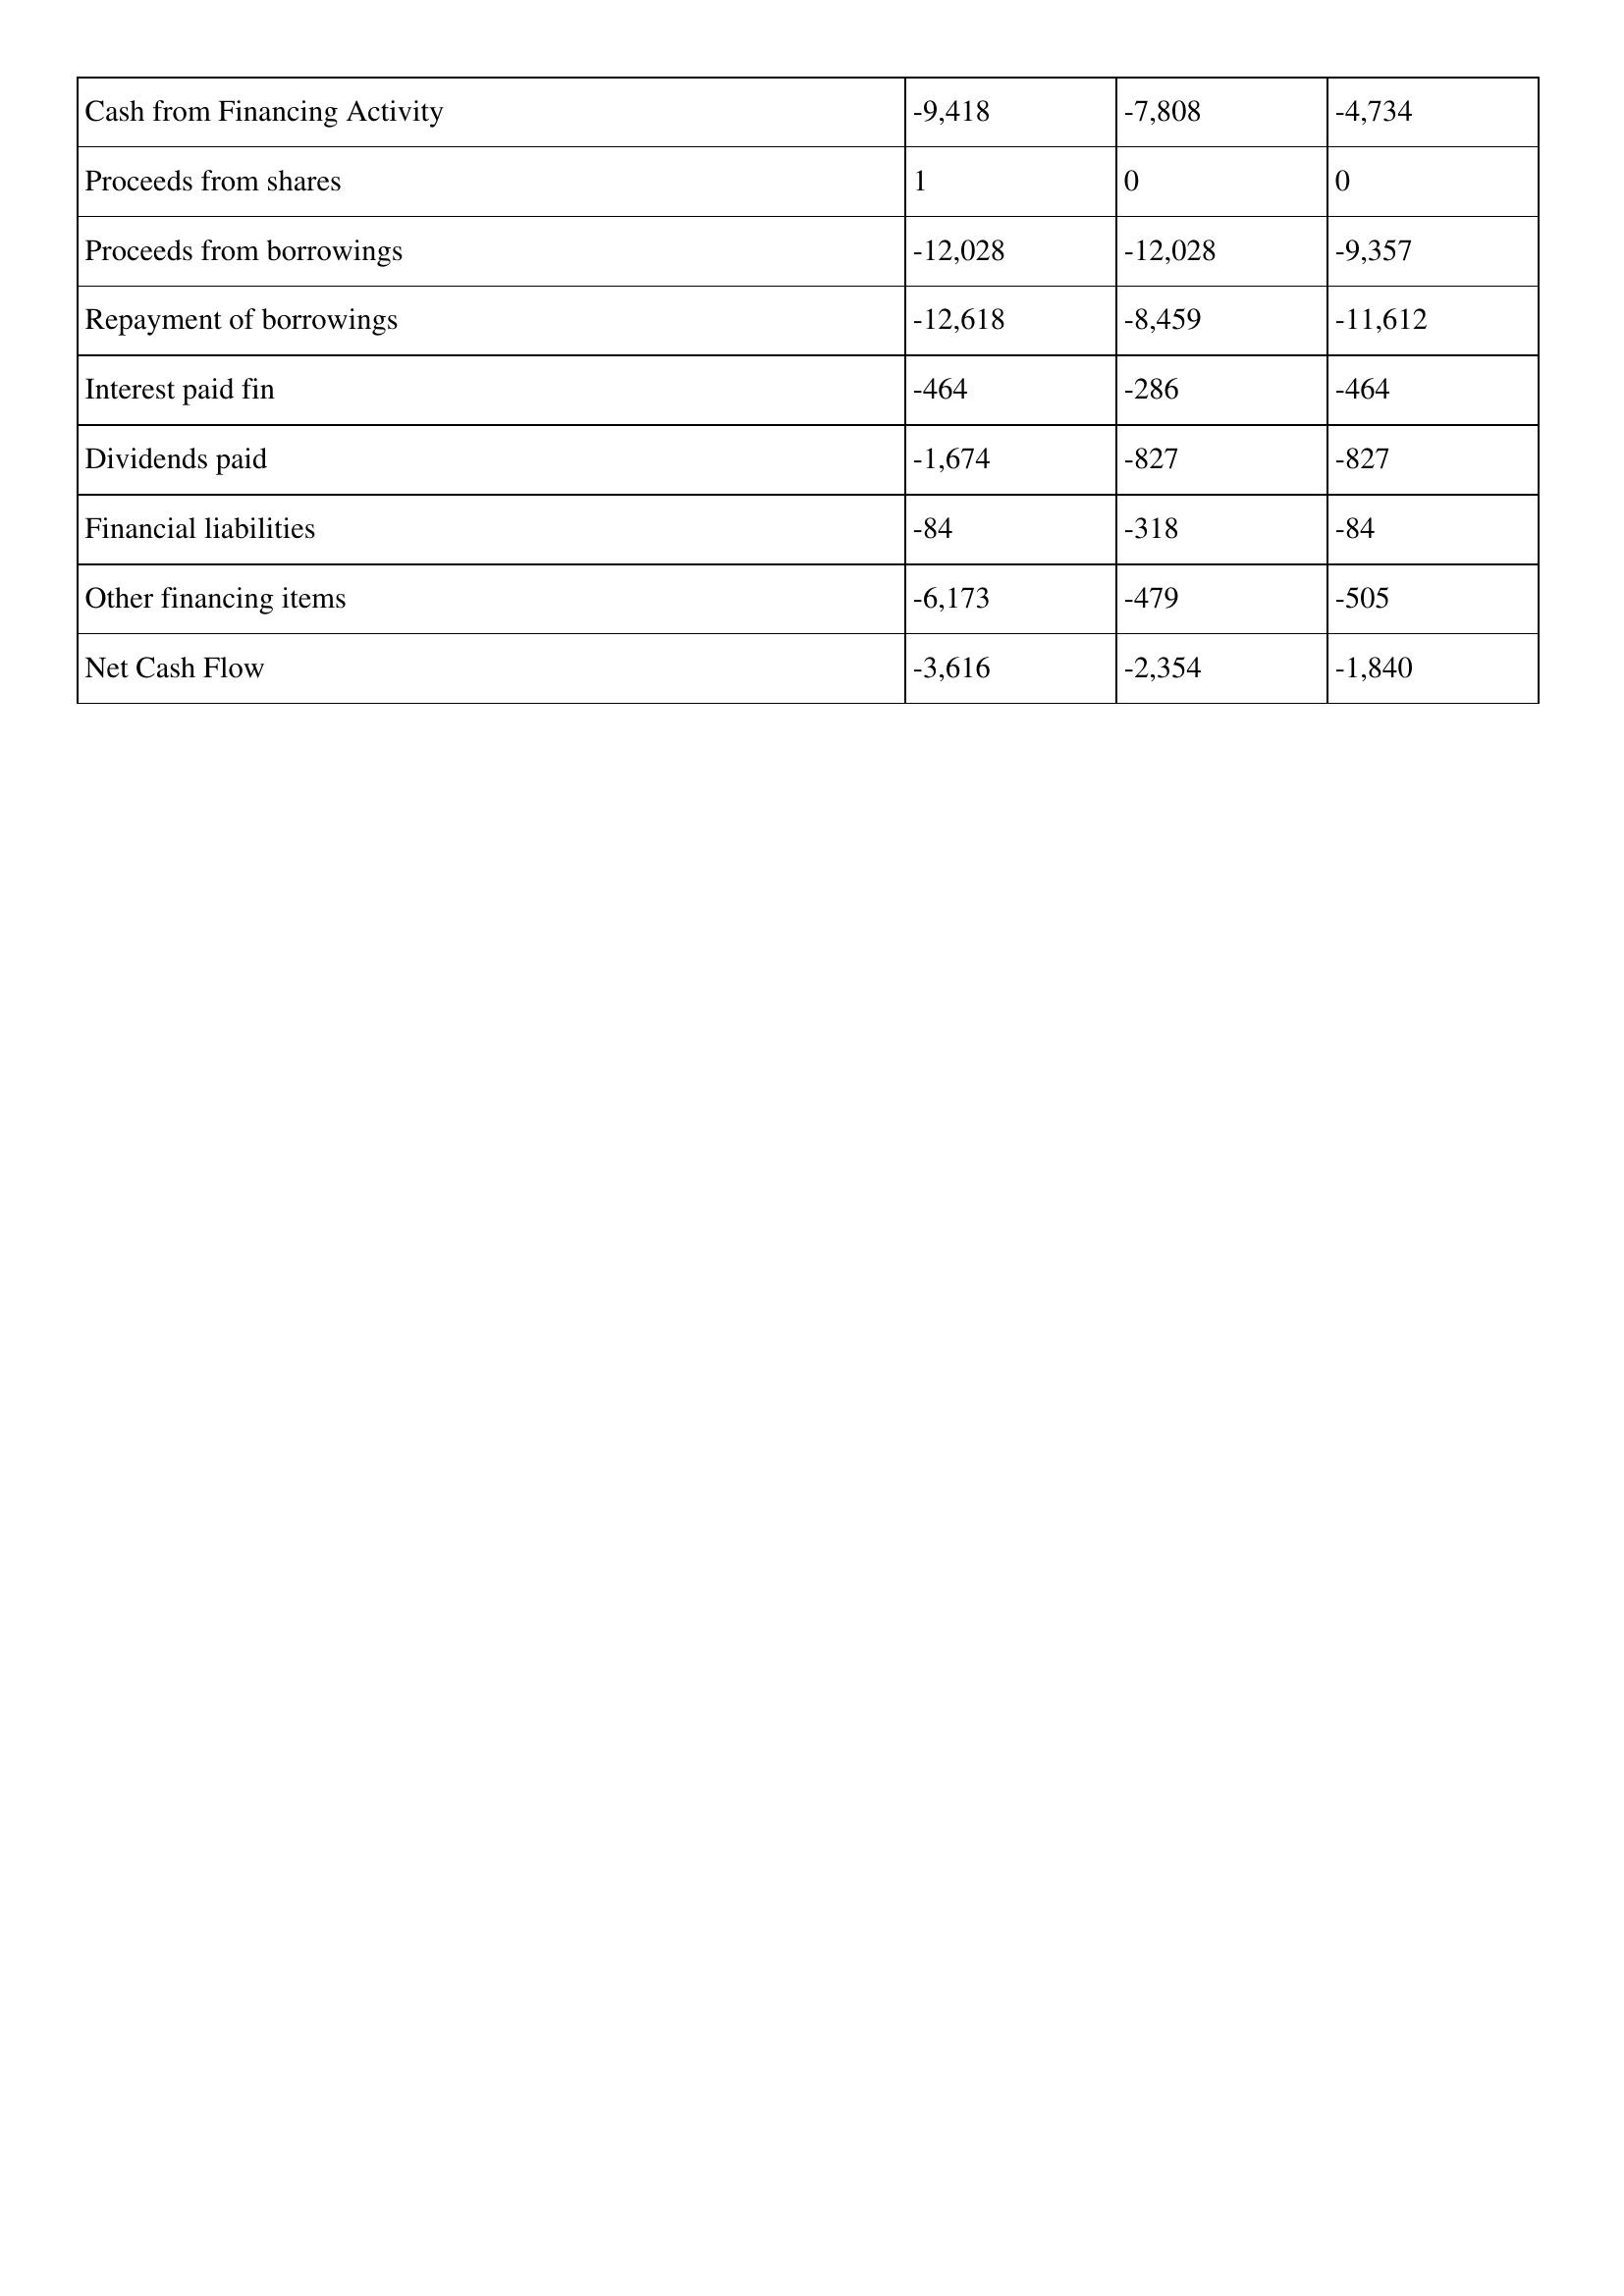
gt_parse: 2000: Cash Flows: Cash from Financing Activity: -9,418
Proceeds from shares: 1
Proceeds from borrowings: -12,028
Repayment of borrowings: -12,618
Interest paid fin: -464
Dividends paid: -1,674
Financial liabilities: -84
Other financing items: -6,173
Net Cash Flow: -3,616
1999: Cash Flows: Cash from Financing Activity: -7,808
Proceeds from shares: 0
Proceeds from borrowings: -12,028
Repayment of borrowings: -8,459
Interest paid fin: -286
Dividends paid: -827
Financial liabilities: -318
Other financing items: -479
Net Cash Flow: -2,354
1998: Cash Flows: Cash from Financing Activity: -4,734
Proceeds from shares: 0
Proceeds from borrowings: -9,357
Repayment of borrowings: -11,612
Interest paid fin: -464
Dividends paid: -827
Financial liabilities: -84
Other financing items: -505
Net Cash Flow: -1,840